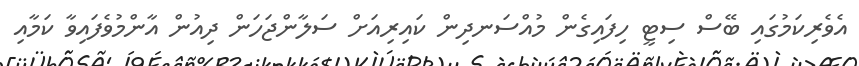
އެވެރިކަމުގައި ބޭސް ސިޓީ ހިފައިގެން މުއްސަނދިން ކައިރިއަށް ސަލާންޖަހަން ދިއުން އާންމުވެފައިވާ ކަމާއި